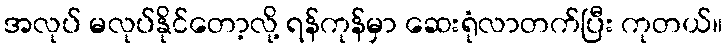
အလုပ် မလုပ်နိုင်တော့လို့ ရန်ကုန်မှာ ဆေးရုံလာတက်ပြီး ကုတယ်။